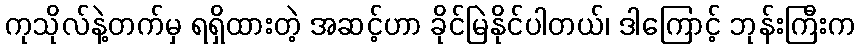
ကုသိုလ်နဲ့တက်မှ ရရှိထားတဲ့ အဆင့်ဟာ ခိုင်မြဲနိုင်ပါတယ်၊ ဒါကြောင့် ဘုန်းကြီးက